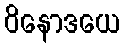
ဝိနောဒယေ